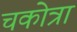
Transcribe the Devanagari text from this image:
चकोत्रा